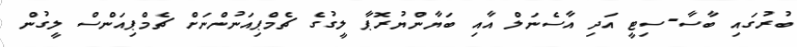
ބުރުގައި ބާސާ-ސިޓީ އަދި އާސެނަލް އާއި ބަޔާންޔުރޮޕާ ލީގުގެ ޗެމްޕިއަނުންނަށް ޗެމްޕިއަންސް ލީގުން